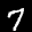
Label: 7